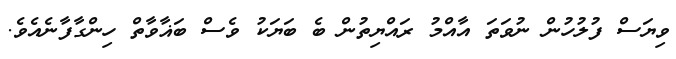
ވިޔަސް ފުލުހުން ނުވަތަ އާއްމު ރައްޔިތުން ބެ ބަޔަކު ވެސް ބަޣާވާތް ހިންގާފާނެއެވެ.